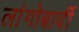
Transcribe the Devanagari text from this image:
लांगोबार्दी